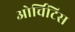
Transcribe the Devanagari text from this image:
ओर्चिटिस